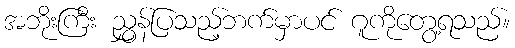
အဘိုးကြီး ညွှန်ပြသည့်ဘက်မှာပင် ဂူကိုတွေ့ရသည်။